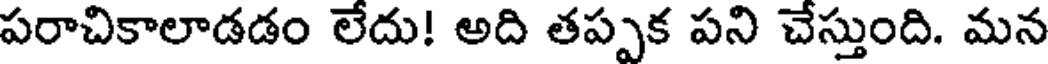
పరాచికాలాడడం లేదు! అది తప్పక పని చేస్తుంది. మన